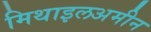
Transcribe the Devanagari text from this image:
मिथाइलअमीन